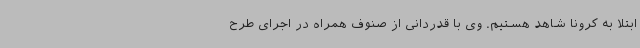
ابتلا به کرونا شاهد هستیم. وی با قدردانی از صنوف همراه در اجرای طرح